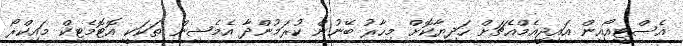
އެސްޓީއޯއިން އައިޖީއެމްއެޗަށް ހަދިޔާކޮށް މިހާރު ބޭނުން ކުރަމުންދާ އެމެޝިން ތަކަކީ އޮޓޮމެޓިކް މައިކްރޯ